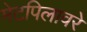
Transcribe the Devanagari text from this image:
मेटपिलावरे